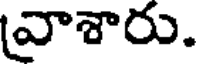
వాశారు.